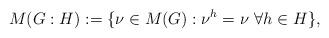
LaTeX: \begin{align*}M(G:H):=\{\nu\in M(G):\nu^h=\nu\ \forall h\in H\},\end{align*}